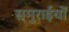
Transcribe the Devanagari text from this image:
समुराईयों